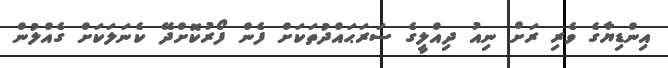
އިންޑިޔާގެ ވެރި ރަށް ނިއު ދިއްލީގެ ސަރަޙައްދުތަކަށް ފެން ފޯރުކޮށްދޭ ކެނަލަކަށް ގެއްލުން